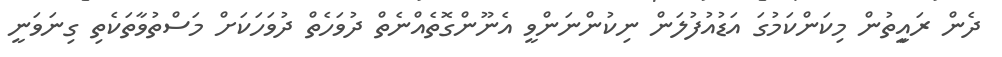
ދެން ރައިީތުން މިކަންކަމުގަ އަޑުއުފުލަން ނިކުންނަންވީ އެނޫންގޮތެއްނެތް ދުވަހެތް ދުވަހަކަށް މަސްތުވާތަކެތި ގިނަވަނީ